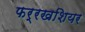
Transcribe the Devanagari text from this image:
फर्रखशियर